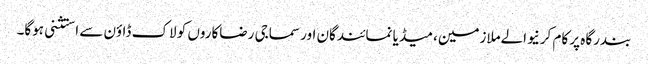
بندرگاہ پر کام کرنیوالےملازمین، میڈیا نمائندگان اور سماجی رضاکاروں کو لاک ڈاؤن سے استثنی ہوگا۔